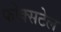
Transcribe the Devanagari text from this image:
फोक्सटेल